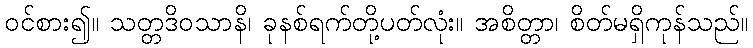
ဝင်စား၍။ သတ္တဒိဝသာနိ၊ ခုနစ်ရက်တို့ပတ်လုံး။ အစိတ္တာ၊ စိတ်မရှိကုန်သည်။